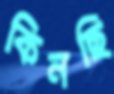
কিনছি